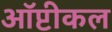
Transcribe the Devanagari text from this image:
ऑप्टीकल